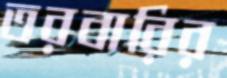
তরবারির